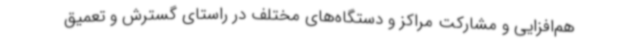
هم‌افزایی و مشارکت مراکز و دستگاه‌های مختلف در راستای گسترش و تعمیق